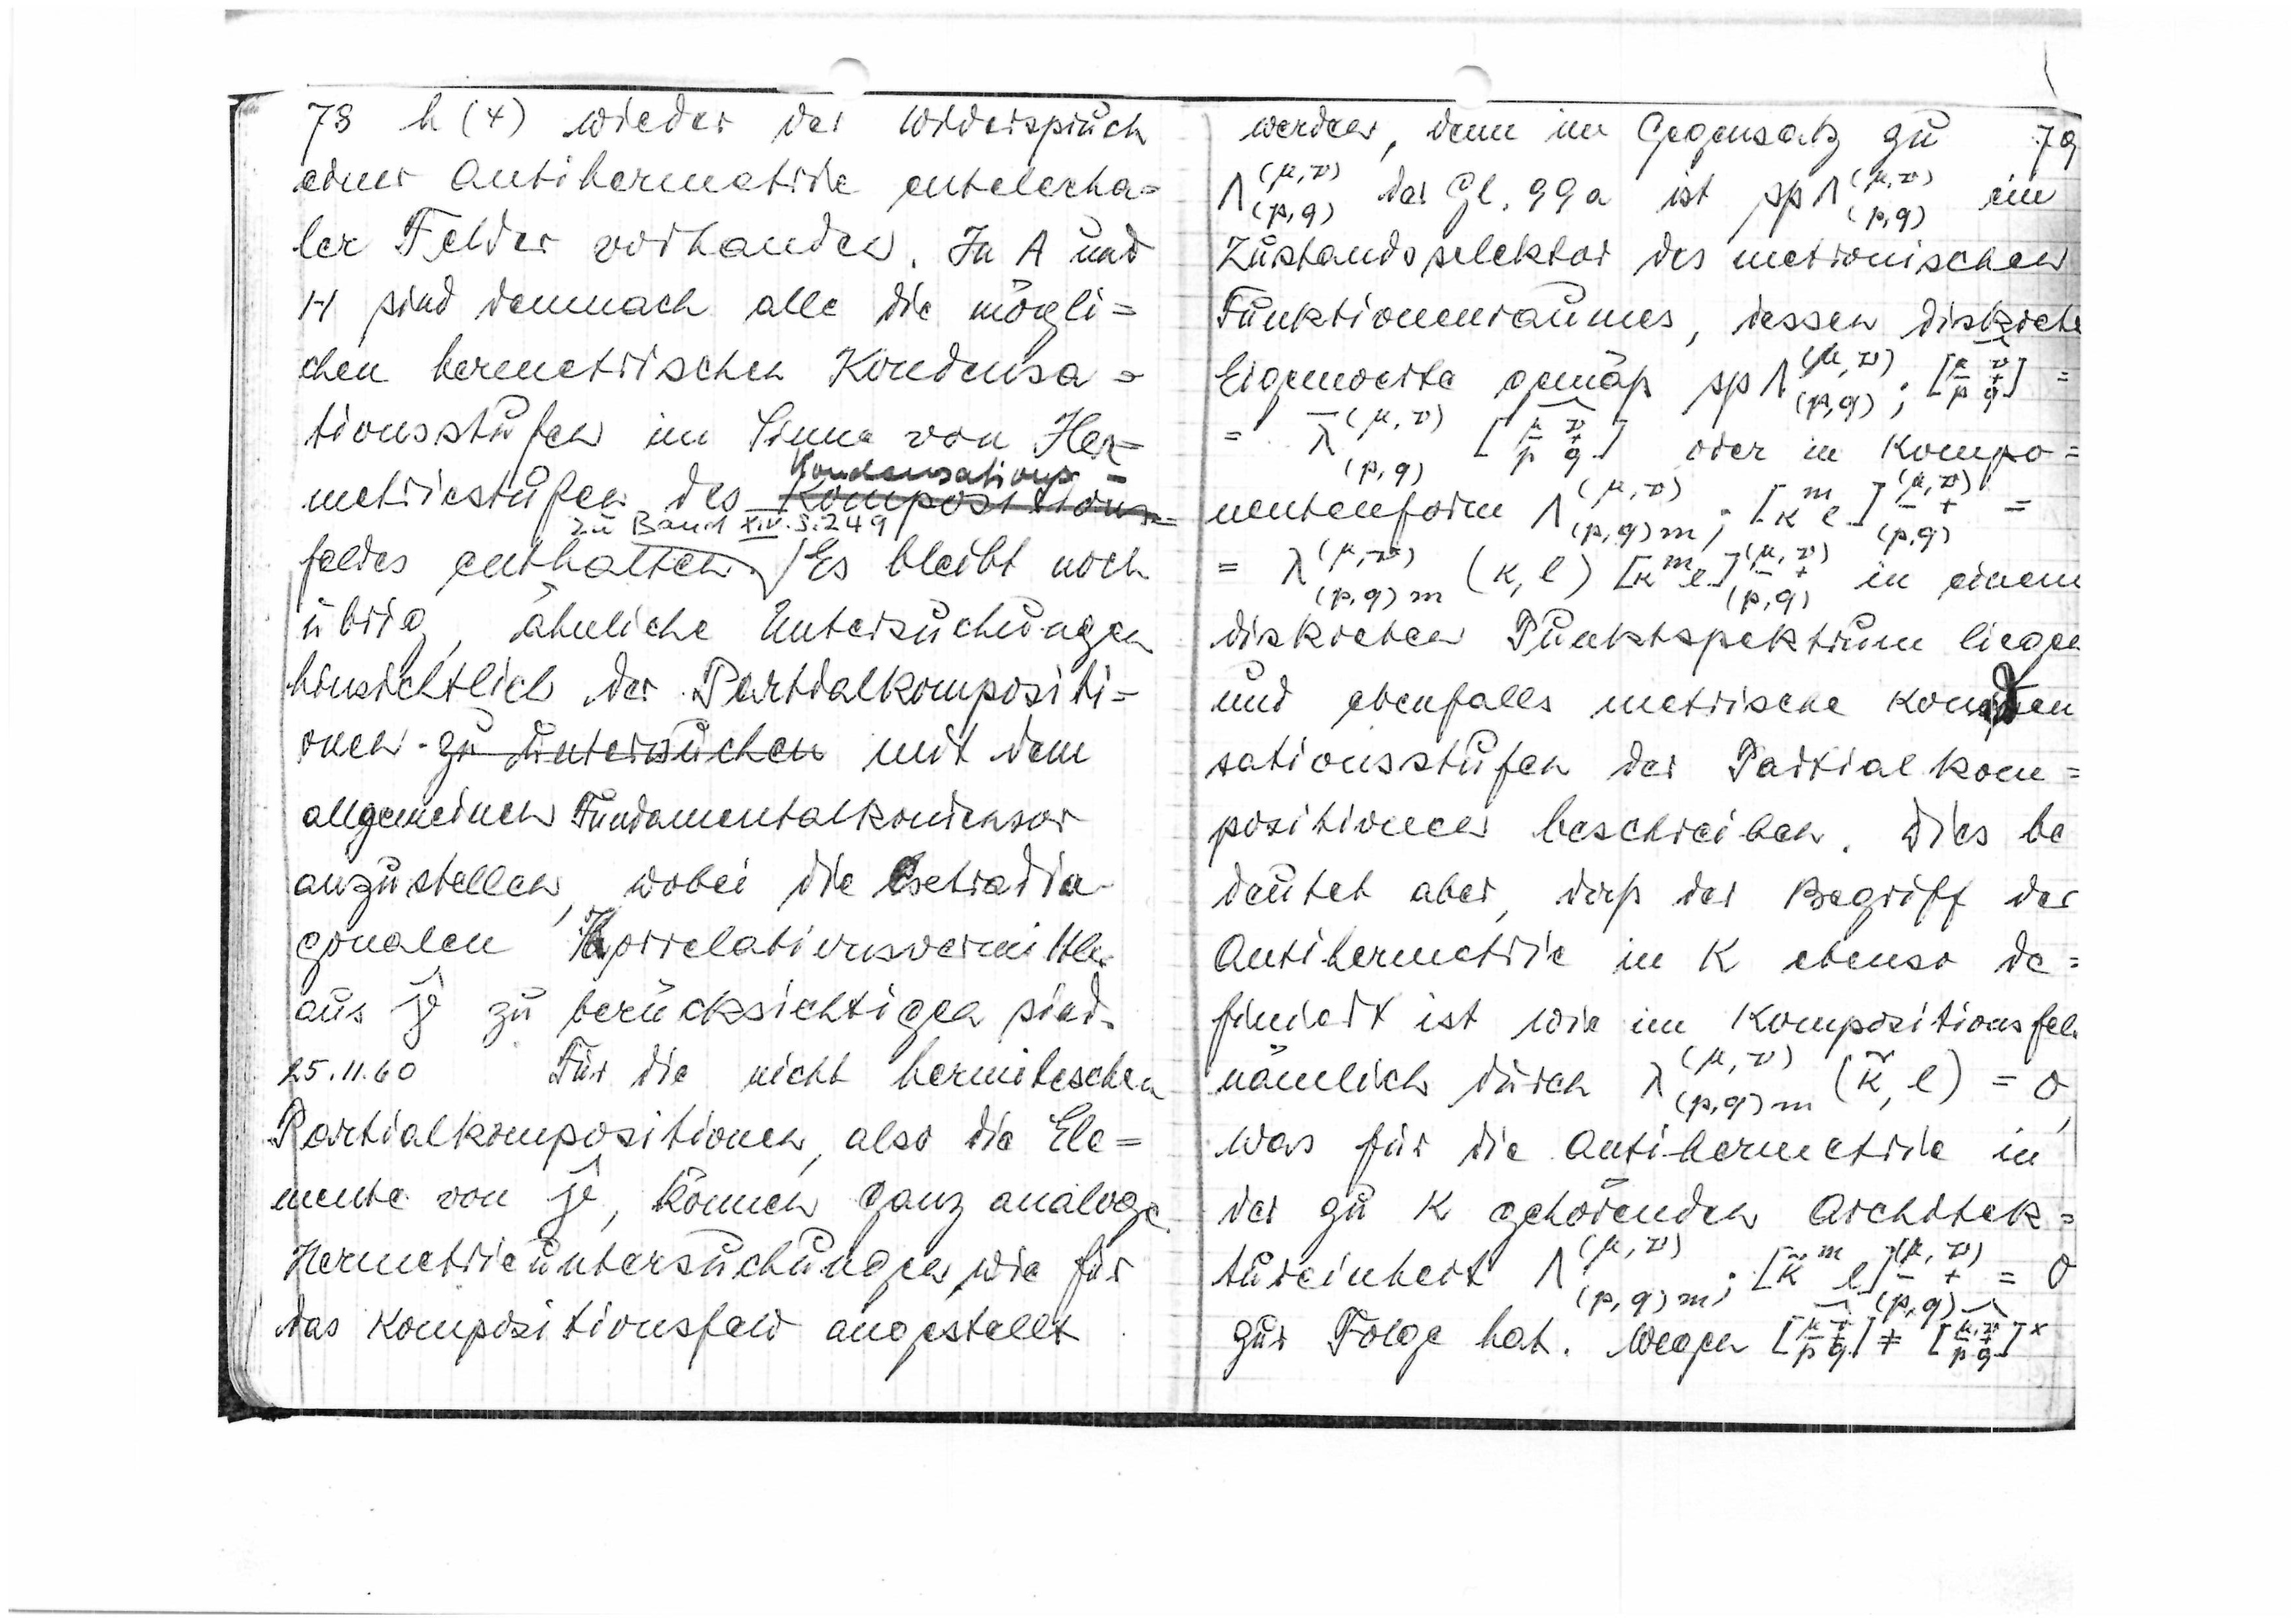
78
h(4) wieder der Widerspruch
einer antihermetrie entelecha=
ler Felder vorhanden. In A und
H sind demnach alle die mögli=
chen hermetrischen Kondensa=
tionsstufen im Sinne von Her=
metriestufen des
Kondensations-
Kompositions
feldes enthalten. Es bleibt noch
zu Band XVI S. 249
übrig, ähnliche Untersuchungen
hinsichtlich der Partialkompositi=
onen
zu untersuchen
mit dem
allgemeinen Fundamentalkondensor
anzustellen, wobei die extradia-
gonalen Korrelationsvermittler
aus

zu berücksichtigen sind
25.11.60 Für die nicht hermitischen
Partialkompositionen, also die Ele=
mente von

können ganz analoge
Hermetrieuntersuchungen wie für
das Kompositionsfeld angestellt

79
werden, denn im Gegensatz zu
(μ,ν)
(p,q)
der Gl. 99a ist sp
(μ,ν)
ein

(p,q)
Zustandselektor des metronischen
Funktionenraumes, dessen diskrete

(μ,ν)

=
Eigenwerte gemäß sp

oder in Kompo=
(p,q)

nentenform

(p,q)
μ,ν)
=λ(μ,ν)
m
in einem
(p,q)m(k,l)[k,l] -
p,q)
diskreten Punktspektrum liegen
und ebenfalls metrische Konden
sationsstufen der Partialkom=
positionen beschreiben. Dies be
deutet aber, daß der Begriff der
Antihermetrie in K ebenso de=
finiert ist wie im Kompositionsfeld
(μ,ν)
nämlich durch
λ(p,q)m

=0
was für die Antihermetrie in
der zu K gehörenden Architek=
(μ,ν)

tureinheit

zur Folge hat. Wegen